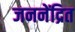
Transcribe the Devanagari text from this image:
जननेंद्रित